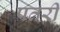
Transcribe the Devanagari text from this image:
पतरी